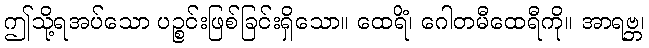
ဤသို့ရအပ်သော ပဉ္စင်းဖြစ်ခြင်းရှိသော။ ထေရိံ၊ ဂေါတမီထေရီကို။ အာရဗ္ဘ၊